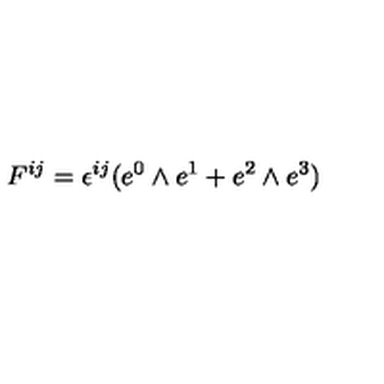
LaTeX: F ^ { i j } = \epsilon ^ { i j } ( e ^ { 0 } \wedge e ^ { 1 } + e ^ { 2 } \wedge e ^ { 3 } )